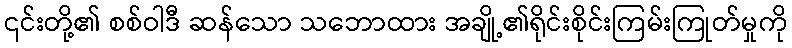
၎င်းတို့၏ စစ်ဝါဒီ ဆန်သော သဘောထား အချို့၏ရိုင်းစိုင်းကြမ်းကြုတ်မှုကို